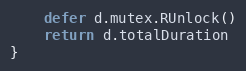
Language: Go
	defer d.mutex.RUnlock()
	return d.totalDuration
}